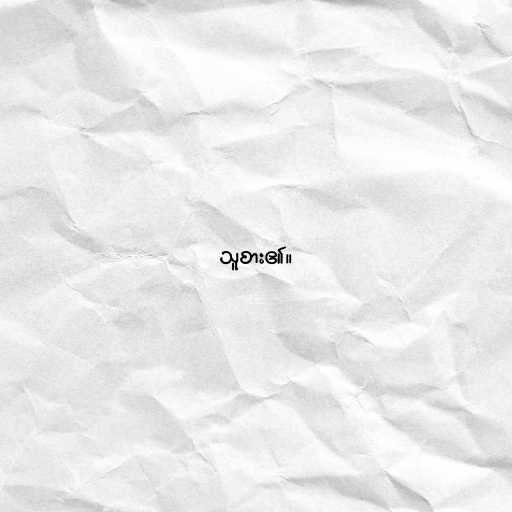
သူစား၏။